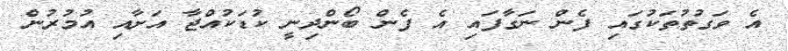
އެ ވަގުތުތަކުގައި ފެން ނަގާފައި އެ ފެން ބޯންދިނީ ކުޑަކުއްޖާ އަށާއި އުމުރުން